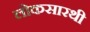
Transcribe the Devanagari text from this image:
लोकसारथी